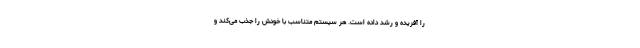
را آفریده و رشد داده است. هر سیستم متناسب با خودش را جذب می‌کند و